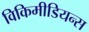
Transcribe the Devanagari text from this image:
विकिमीडियन्स